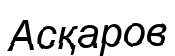
Асқаров